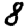
Digit: 8